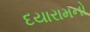
દયારામનો